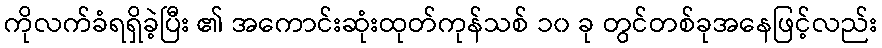
ကိုလက်ခံရရှိခဲ့ပြီး ၏ အကောင်းဆုံးထုတ်ကုန်သစ် ၁၀ ခု တွင်တစ်ခုအနေဖြင့်လည်း